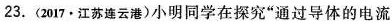
23.(2017·江苏连云港)小明同学在探究”通过导体的电流